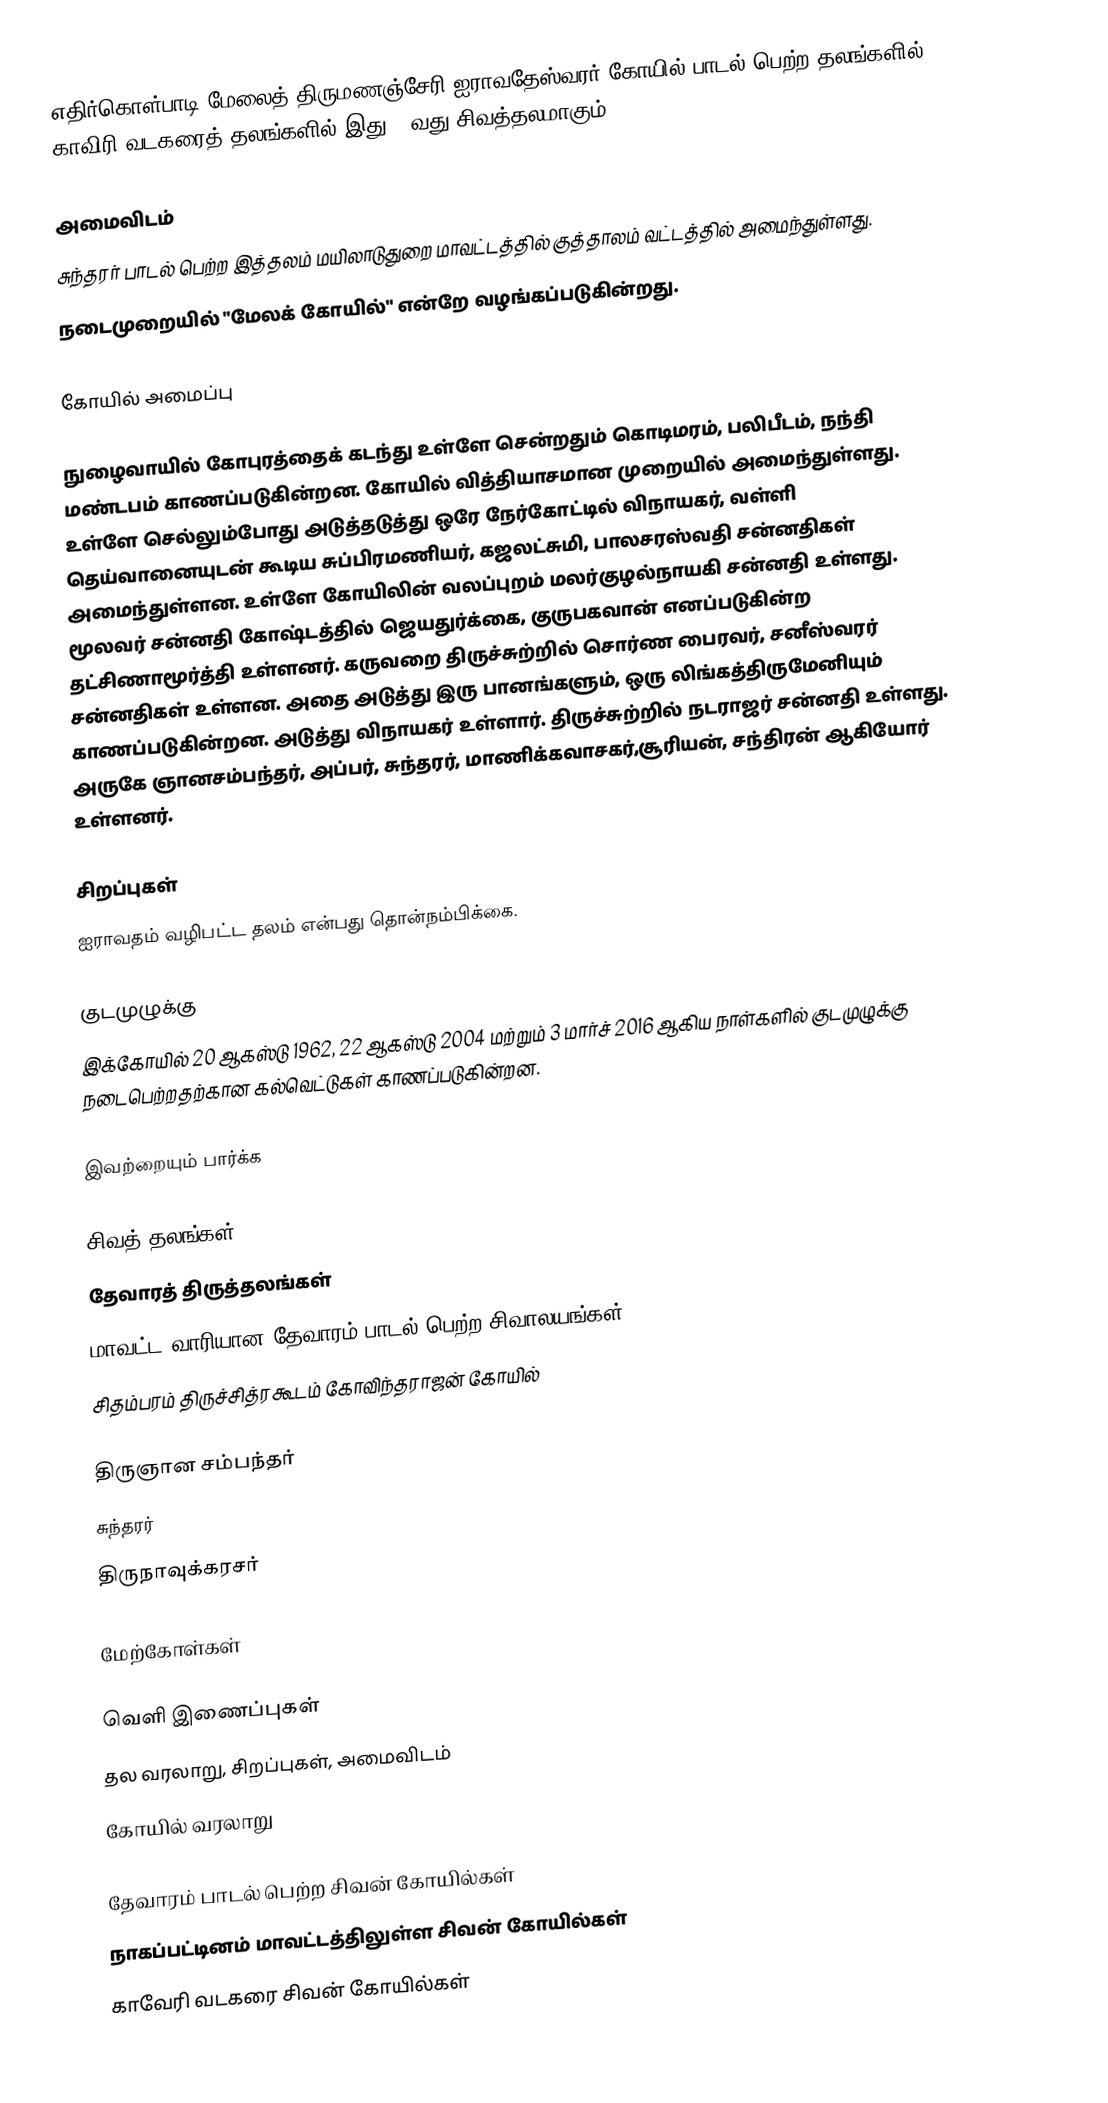
எதிர்கொள்பாடி மேலைத் திருமணஞ்சேரி ஐராவதேஸ்வரர் கோயில் பாடல் பெற்ற தலங்களில் காவிரி வடகரைத் தலங்களில் இது 24வது சிவத்தலமாகும்.

அமைவிடம்
சுந்தரர் பாடல் பெற்ற இத்தலம் மயிலாடுதுறை மாவட்டத்தில்  குத்தாலம் வட்டத்தில் அமைந்துள்ளது.
நடைமுறையில் "மேலக் கோயில்" என்றே வழங்கப்படுகின்றது.

கோயில் அமைப்பு

நுழைவாயில் கோபுரத்தைக் கடந்து உள்ளே சென்றதும் கொடிமரம், பலிபீடம், நந்தி மண்டபம் காணப்படுகின்றன. கோயில் வித்தியாசமான முறையில் அமைந்துள்ளது. உள்ளே செல்லும்போது அடுத்தடுத்து ஒரே நேர்கோட்டில் விநாயகர், வள்ளி தெய்வானையுடன் கூடிய சுப்பிரமணியர், கஜலட்சுமி, பாலசரஸ்வதி சன்னதிகள் அமைந்துள்ளன. உள்ளே கோயிலின் வலப்புறம் மலர்குழல்நாயகி சன்னதி உள்ளது. மூலவர் சன்னதி கோஷ்டத்தில் ஜெயதுர்க்கை, குருபகவான் எனப்படுகின்ற தட்சிணாமூர்த்தி உள்ளனர். கருவறை திருச்சுற்றில் சொர்ண பைரவர், சனீஸ்வரர் சன்னதிகள் உள்ளன. அதை அடுத்து இரு பானங்களும், ஒரு லிங்கத்திருமேனியும் காணப்படுகின்றன. அடுத்து விநாயகர் உள்ளார். திருச்சுற்றில் நடராஜர் சன்னதி உள்ளது. அருகே ஞானசம்பந்தர், அப்பர், சுந்தரர், மாணிக்கவாசகர்,சூரியன், சந்திரன் ஆகியோர் உள்ளனர்.

சிறப்புகள்
ஐராவதம் வழிபட்ட தலம் என்பது தொன்நம்பிக்கை.

குடமுழுக்கு
இக்கோயில் 20 ஆகஸ்டு 1962, 22 ஆகஸ்டு 2004 மற்றும் 3 மார்ச் 2016 ஆகிய நாள்களில் குடமுழுக்கு நடைபெற்றதற்கான கல்வெட்டுகள் காணப்படுகின்றன.

இவற்றையும் பார்க்க

 சிவத் தலங்கள்
 தேவாரத் திருத்தலங்கள்
 மாவட்ட வாரியான தேவாரம் பாடல் பெற்ற சிவாலயங்கள்
 சிதம்பரம் திருச்சித்ரகூடம் கோவிந்தராஜன் கோயில்

 திருஞான சம்பந்தர்
 சுந்தரர்
 திருநாவுக்கரசர்

மேற்கோள்கள்

வெளி இணைப்புகள்
 தல வரலாறு, சிறப்புகள், அமைவிடம்
 கோயில் வரலாறு

தேவாரம் பாடல் பெற்ற சிவன் கோயில்கள்
நாகப்பட்டினம் மாவட்டத்திலுள்ள சிவன் கோயில்கள்
காவேரி வடகரை சிவன் கோயில்கள்